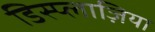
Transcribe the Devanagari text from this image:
डिस्प्लाज़िया